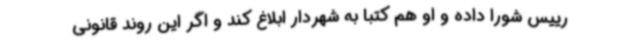
رییس شورا داده و او هم کتبا به شهردار ابلاغ کند و اگر این روند قانونی